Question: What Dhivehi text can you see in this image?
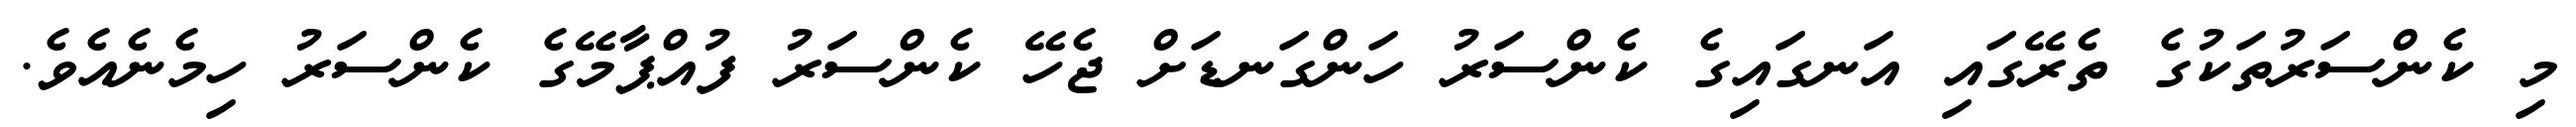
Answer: މި ކެންސަރުތަކުގެ ތެރޭގައި އަނގައިގެ ކެންސަރު ހަންގަނޑަށް ޖެހޭ ކެންސަރު ފުއްޕާމޭގެ ކެންސަރު ހިމެނެއެވެ.